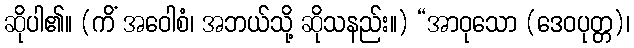
ဆိုပါ၏။ (ကိံ အဝေါစံ၊ အဘယ်သို့ ဆိုသနည်း။) “အာဝုသော (ဒေဝပုတ္တ)၊